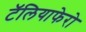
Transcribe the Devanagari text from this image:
टॅलियाफेरो